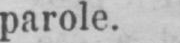
parole.